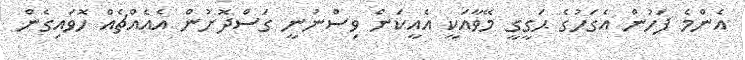
އެންމެ ފަހުން އެގަހުގެ ޙަގީގީ މޭވާއަކީ އެއީކަން ވިސްނުނީ ގަސްދޮށުން އެއެއްޗެއް ހޮވައިގެން